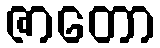
ဇာတော